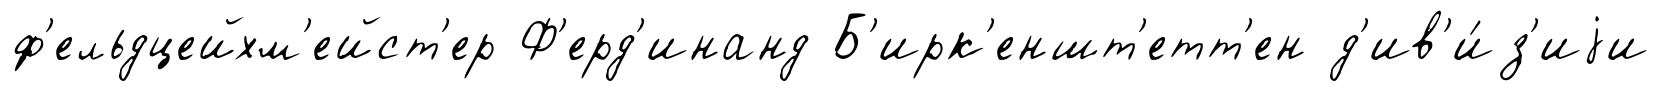
ф'ельдцейхм'ейст'ер Ф'ерд'инанд Б'ирк'еншт'етт'ен д'ив'и́з'иjи